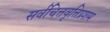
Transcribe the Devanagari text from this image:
सर्वचित्तवृत्तिप्रशम